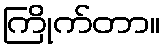
ကြိုက်တာ။